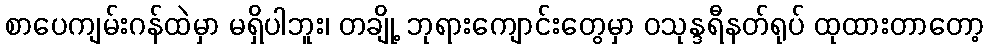
စာပေကျမ်းဂန်ထဲမှာ မရှိပါဘူး၊ တချို့ ဘုရားကျောင်းတွေမှာ ဝသုန္ဒရီနတ်ရုပ် ထုထားတာတော့